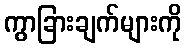
ကွာခြားချက်များကို